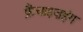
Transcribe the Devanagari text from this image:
फ्रैंचाइज़इंग